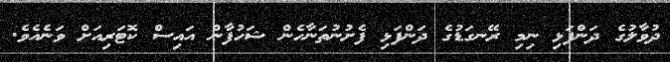
ދުވާލުގެ ދަންފަޅި ނިމި ރޭނގަޑުގެ ދަންފަޅި ފެށުނުތަނާހެން ޝަހުފާން އައިސް ކޮޓަރިއަށްް ވަނެއެވެ.